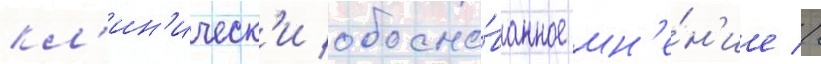
кл'ин'ическ'и обосно́ванное мн'е́н'ие //